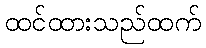
ထင်ထားသည်ထက်